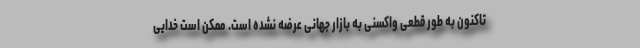
تاکنون به طور قطعی واکسنی به بازار جهانی عرضه نشده است. ممکن است خدایی